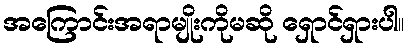
အကြောင်းအရာမျိုးကိုမဆို ရှောင်ရှားပါ။